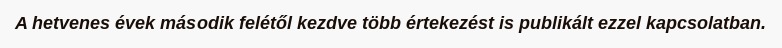
A hetvenes évek második felétől kezdve több értekezést is publikált ezzel kapcsolatban.